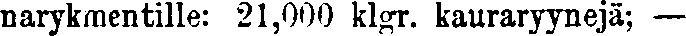
narykmentille: 21,000 klgr. kauraryynejä; —